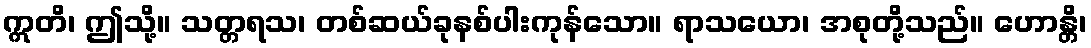
ဣတိ၊ ဤသို့။ သတ္တရသ၊ တစ်ဆယ်ခုနစ်ပါးကုန်သော။ ရာသယော၊ အစုတို့သည်။ ဟောန္တိ၊